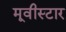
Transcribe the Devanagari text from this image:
मूवीस्टार